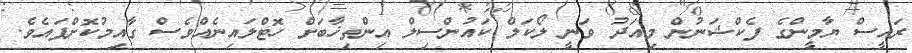
ރައީސް ޔާމީންގެ ފެކްޝަނުން މިއަދު ވަނީ ލޯކަލް ކައުުންސިލް އިންތިޚާބަށް ހޮޓްލައިނެއްވެސް ގާއިމުކޮށްފައެވެ.